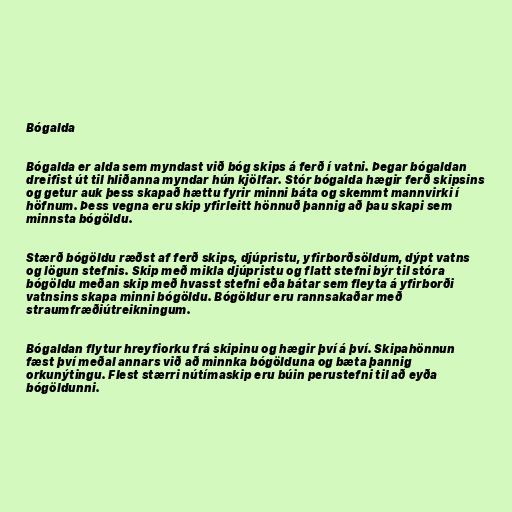
Bógalda

Bógalda er alda sem myndast við bóg skips á ferð í vatni. Þegar bógaldan
dreifist út til hliðanna myndar hún kjölfar. Stór bógalda hægir ferð skipsins
og getur auk þess skapað hættu fyrir minni báta og skemmt mannvirki í
höfnum. Þess vegna eru skip yfirleitt hönnuð þannig að þau skapi sem
minnsta bógöldu.

Stærð bógöldu ræðst af ferð skips, djúpristu, yfirborðsöldum, dýpt vatns
og lögun stefnis. Skip með mikla djúpristu og flatt stefni býr til stóra
bógöldu meðan skip með hvasst stefni eða bátar sem fleyta á yfirborði
vatnsins skapa minni bógöldu. Bógöldur eru rannsakaðar með
straumfræðiútreikningum.

Bógaldan flytur hreyfiorku frá skipinu og hægir því á því. Skipahönnun
fæst því meðal annars við að minnka bógölduna og bæta þannig
orkunýtingu. Flest stærri nútímaskip eru búin perustefni til að eyða
bógöldunni.